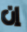
إن